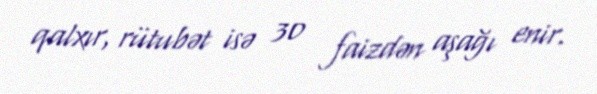
qalxır, rütubət isə 30 faizdən aşağı enir.